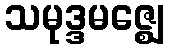
သမုဒ္ဒမဇ္ဈေ